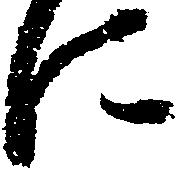
に